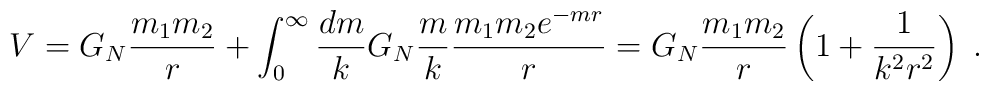
V=G_N{m_1 m_2 \over r}+\int_0^\infty  {dm \over k}  G_N{m \over k} {m_1 m_2e^{-mr} \over r}=G_N {m_1 m_2 \over r} \left(1+{1 \over k^2 r^2}\right) \; .